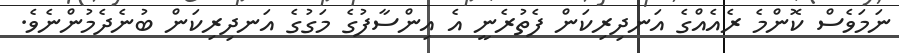
ނަމަވެސް ކޮންމެ ރެއެއްގެ އަނދިރިކަން ފެތުރެނީ އެ އިންސާފުގެ މަގުގެ އަނދިރިކަން ބުނެދެމުންނެވެ.